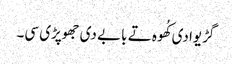
گڑیوادی کُھوہ تے بابے دی جھوپڑی سی۔